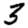
Digit: 3